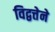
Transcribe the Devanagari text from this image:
विद्वत्तेने